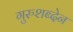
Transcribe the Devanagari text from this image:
गुरुशब्देन